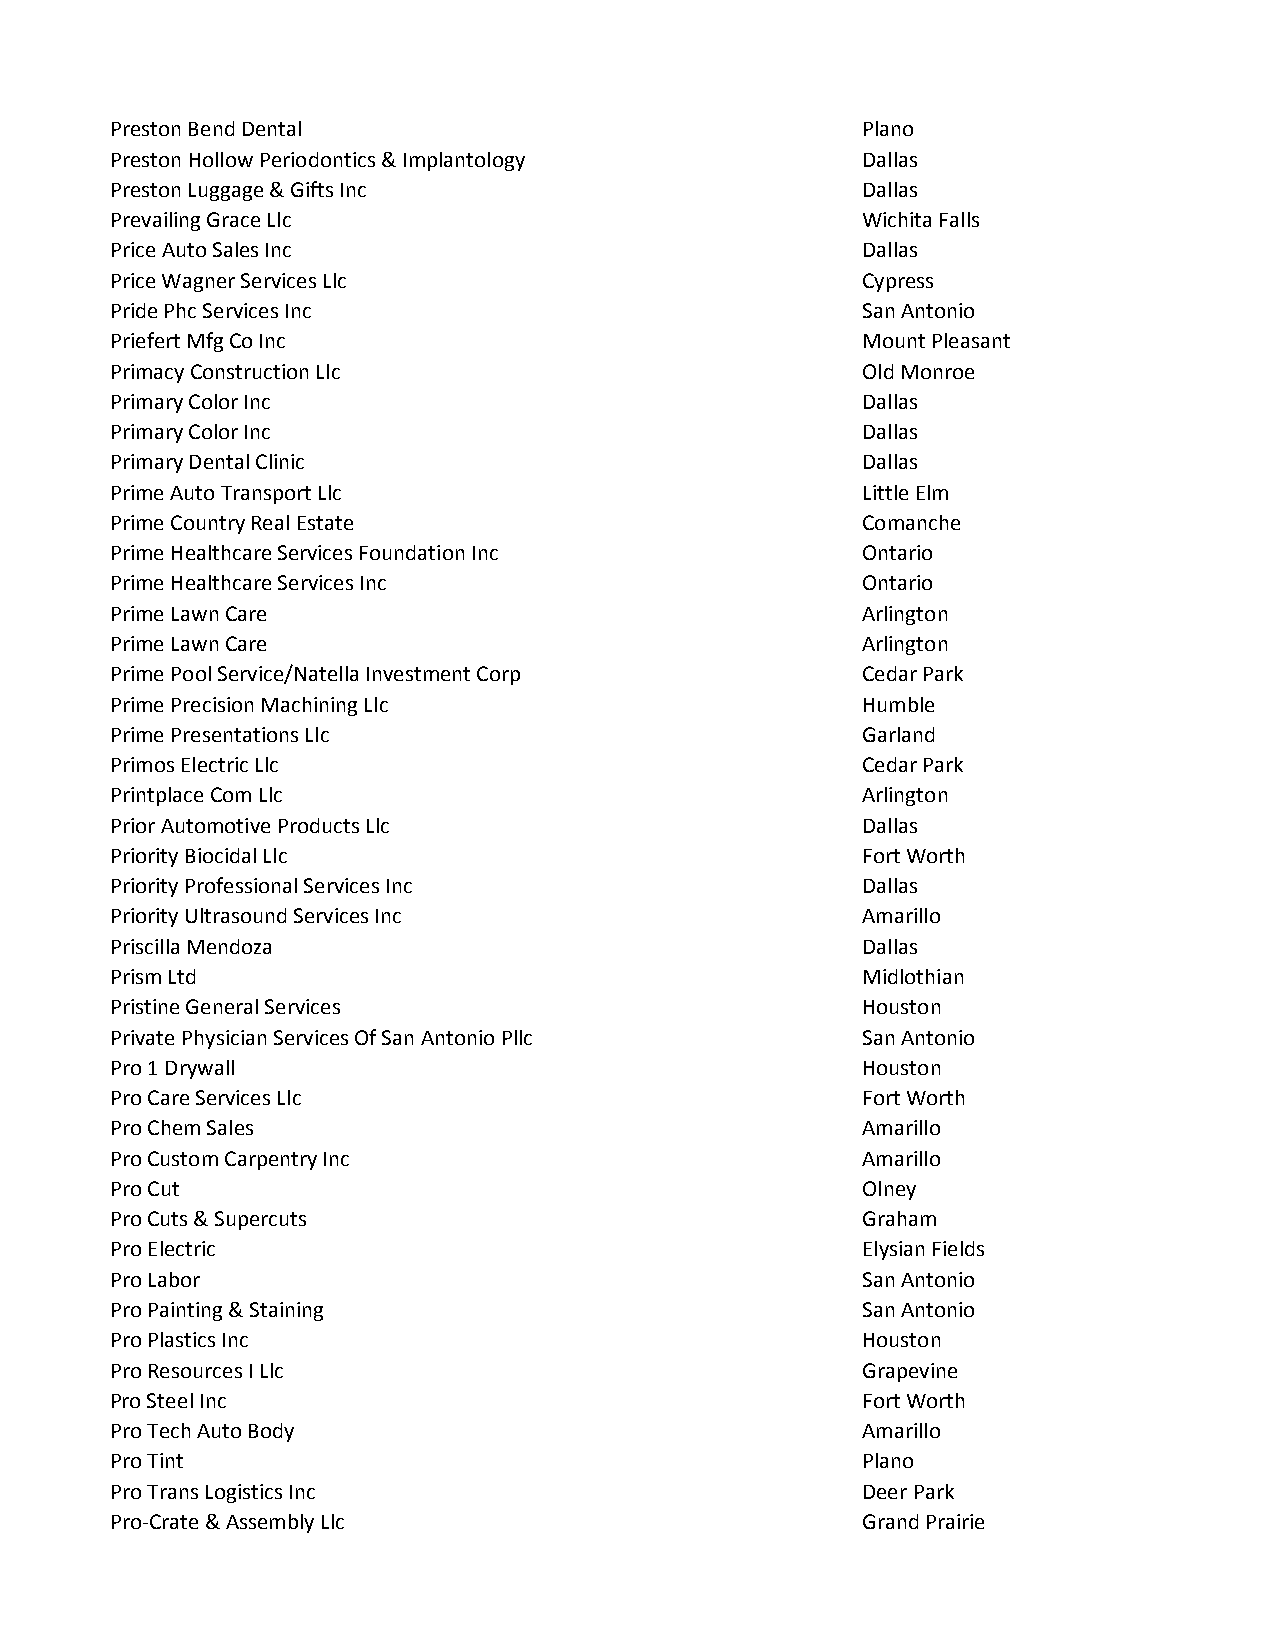
Preston Bend Dental                               Plano
 Preston Hollow Periodontics & Implantology        Dallas
 Preston Luggage & Gifts Inc                       Dallas
 Prevailing Grace Llc                              Wichita Falls
 Price Auto Sales Inc                              Dallas
 Price Wagner Services Llc                         Cypress
 Pride Phc Services Inc                            San Antonio
 Priefert Mfg Co Inc                               Mount Pleasant
 Primacy Construction Llc                          Old Monroe
 Primary Color Inc                                 Dallas
 Primary Color Inc                                 Dallas
 Primary Dental Clinic                             Dallas
 Prime Auto Transport Llc                          Little Elm
 Prime Country Real Estate                         Comanche
 Prime Healthcare Services Foundation Inc          Ontario
 Prime Healthcare Services Inc                     Ontario
 Prime Lawn Care                                   Arlington
 Prime Lawn Care                                   Arlington
 Prime Pool Service/Natella Investment Corp        Cedar Park
 Prime Precision Machining Llc                     Humble
 Prime Presentations Llc                           Garland
 Primos Electric Llc                               Cedar Park
 Printplace Com Llc                                Arlington
 Prior Automotive Products Llc                     Dallas
 Priority Biocidal Llc                             Fort Worth
 Priority Professional Services Inc                Dallas
 Priority Ultrasound Services Inc                  Amarillo
 Priscilla Mendoza                                 Dallas
 Prism Ltd                                         Midlothian
 Pristine General Services                         Houston
 Private Physician Services Of San Antonio Pllc    San Antonio
 Pro 1 Drywall                                     Houston
 Pro Care Services Llc                             Fort Worth
 Pro Chem Sales                                    Amarillo
 Pro Custom Carpentry Inc                          Amarillo
 Pro Cut                                           Olney
 Pro Cuts & Supercuts                              Graham
 Pro Electric                                      Elysian Fields
 Pro Labor                                         San Antonio
 Pro Painting & Staining                           San Antonio
 Pro Plastics Inc                                  Houston
 Pro Resources I Llc                               Grapevine
 Pro Steel Inc                                     Fort Worth
 Pro Tech Auto Body                                Amarillo
 Pro Tint                                          Plano
 Pro Trans Logistics Inc                           Deer Park
 Pro-Crate & Assembly Llc                          Grand Prairie